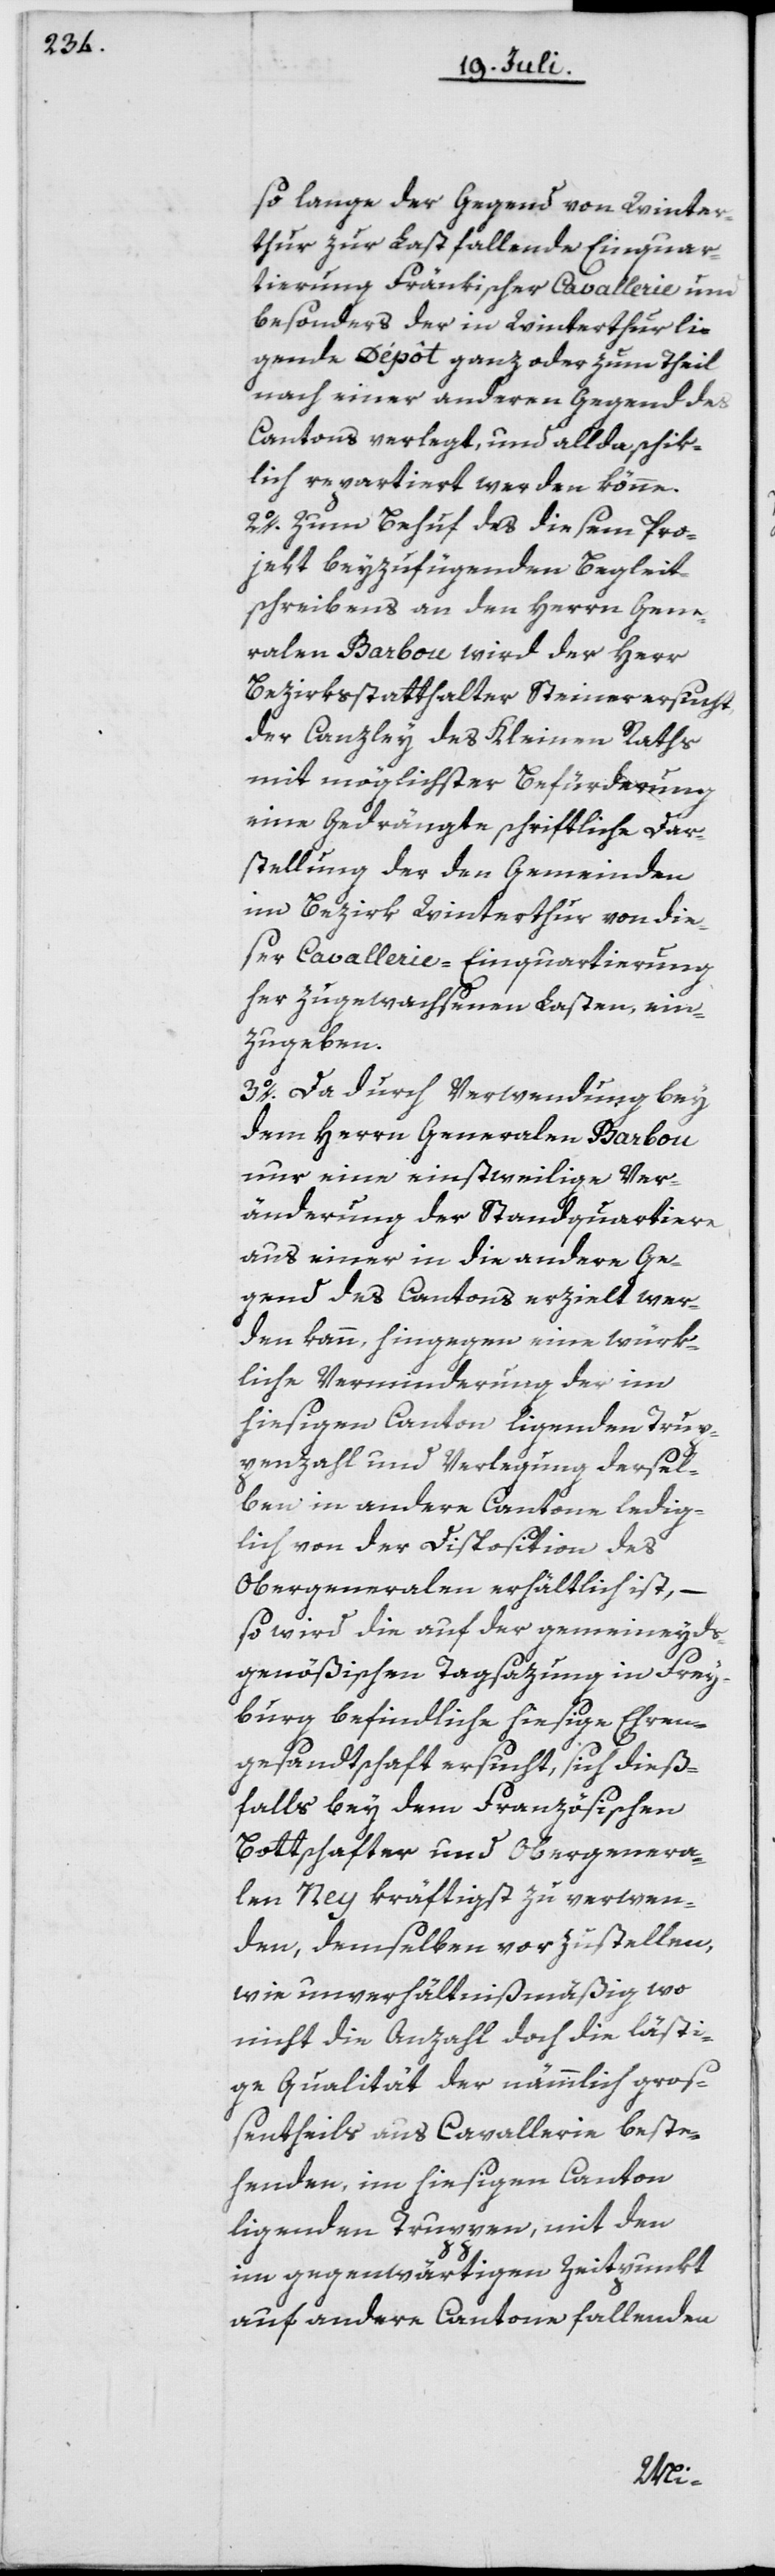
so lange der Gegend von Winter¬
thur zur Last fallende Einquar¬
tierung Fränkischer Cavallerie und
besonders der in Winterthur lie¬
gende Dépôt ganz oder zum Theil
nach einer anderen Gegend des
Cantons verlegt, und allda schik¬
lich repartiert werden könne.
2o. Zum Behuf des diesem Pro¬
jekt beyzufügenden Begleit¬
schreibens an den Herrn Gene¬
ralen Barbou wird der Herr
Bezirksstatthalter Steiner ersucht,
der Canzley des Kleinen Raths
mit möglichster Befürderung
eine Gedrängte schriftliche Dar¬
stellung der den Gemeinden
im Bezirk Winterthur von die¬
ser Cavallerie-Einquartierung
her zugewachsenen Lasten, ein¬
zugeben.
3o. Da durch Verwendung bey
dem Herrn Generalen Barbou
nur eine einstweilige Ver¬
änderung der Standquartiere
aus einer in die andere Ge¬
gend des Cantons erzielt wer¬
den kann, hingegen eine würk¬
liche Verminderung der im
hiesigen Canton ligenden Trup¬
penzahl und Verlegung dersel¬
ben in andere Cantone ledig¬
lich von der Disposition des
Obergeneralen erhältlich ist, –
so wird die auf der gemeineyds¬
genößischen Tagsazung in Frey¬
burg befindliche hiesige Ehren¬
gesandtschaft ersucht, sich dieß¬
falls bey dem Französischen
Bottschafter und Obergenera¬
len Ney kräftigst zu verwen¬
den, demselben vorzustellen,
wie unverhältnißmäßig wo
nicht die Anzahl doch die lästi¬
ge Qualität der nämmlich groß¬
entheils aus Cavallerie beste¬
henden, im hiesigen Canton
ligenden Truppen, mit den
im gegenwärtigen Zeitpunkt
auf andere Cantone fallenden